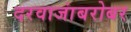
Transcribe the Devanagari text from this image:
दरवाजांबरोबर